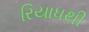
રિયાધથી